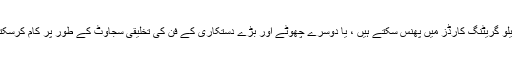
وہ گھریلو گریٹنگ کارڈز میں پھنس سکتے ہیں ، یا دوسرے چھوٹے اور بڑے دستکاری کے فن کی تخلیقی سجاوٹ کے طور پر کام کرسکتے ہیں۔